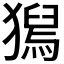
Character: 𤡯